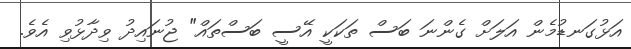
އަޅުގަނޑުމެން އަލަށް ގެންނަ ބަސް ތަކަކީ އޭސީ ބަސްތައް" ޖުނައިދު ވިދާޅުވި އެވެ.